Lunatic asylums in Bengal annual reports 1899-1911 - 1899-1911
Year: 1899
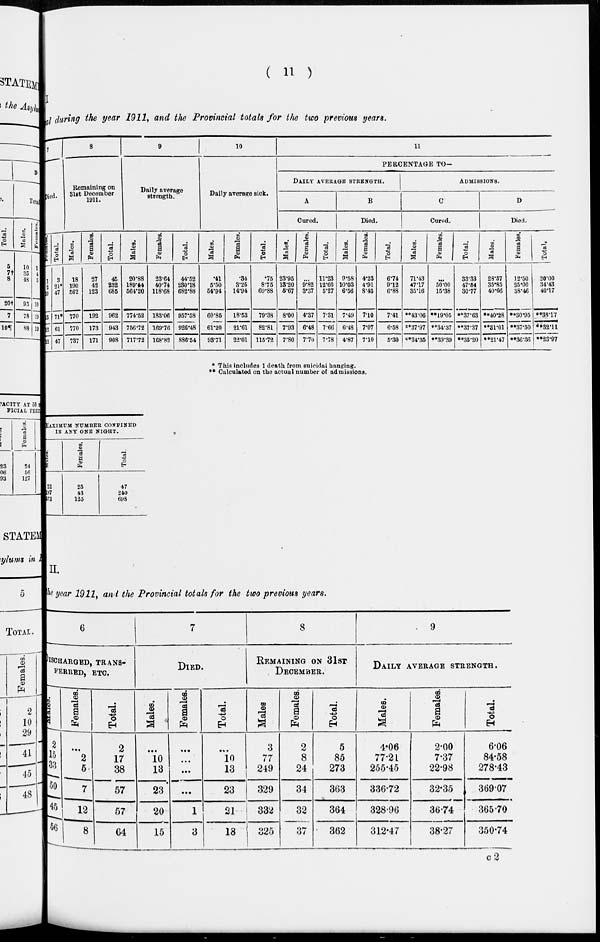
( 11 )
during the year 1911, and the Provincial totals for the two previous years.
7
Died.
Females.
1
2
3
3
2
2
Total.
3
21*
47
71*
61
47
8
Remaining on
31st December
1911.
Males.
18
190
562
770
770
737
Females.
27
42
123
192
173
171
Total.
45
232
685
962
943
908
9
Daily average
strength.
Males.
20.88
189.44
564.20
774.52
756.72
717.72
Females.
23.64
40.74
118.68
183.06
169.76
168.82
Total.
44.52
230.18
682.88
957.58
926.48
836.54
10
Daily average sick.
Males.
.41
5.50
54.94
60.85
61.20
93.71
Females.
.34
3.25
14.94
18.53
21.61
22.01
Total.
.75
8.75
69.88
79.38
82.81
115.72
11
PERCENTAGE TO—
DAILY AVERAGE STRENGTH.
A
Cured.
Males.
23.95
13.20
5.67
8.00
7.93
7.80
Females.
...
9.82
3.37
4.37
6.48
7.70
Total.
11.23
12.66
5.27
7.31
7.66
7.78
B
Died.
Males.
9.58
10.03
6.56
7.49
6.48
4.87
Females.
4.23
4.91
8.43
7.10
7.07
7.10
Total.
6.74
9.12
6.88
7.41
6.58
5.30
ADMISSIONS.
C
Cured.
Males.
71.43
47.17
35.16
**43.06
**37.97
**34.35
Females.
...
50.00
15.38
**19.05
**34.37
**39.39
Total.
33.33
47.54
30.77
**37.63
**37.37
**35.20
D
Died.
Males.
28.57
35.85
40.66
**40.28
**81.01
**21.47
Females.
12.50
25.00
38.46
**30.95
**37.50
**36.36
Total.
20.00
34.43
40.17
**38.17
**32.11
**23.97
* This includes 1 death from suicidal hanging.
** Calculated on the actual number of admissions.
MAXIMUM NUMBER CONFINED
IN ANY ONE NIGHT.
Males.
22
197
573
Females.
25
43
125
Total.
47
210
698
II.
the year 1911, and the Provincial totals for the two previous years.
6
DISCHARGED, TRANS-
FERRED, ETC.
Males.
2
15
33
50
45
56
Females.
...
2
5
7
12
8
Total.
2
17
38
57
57
64
7
DIED.
Males.
...
10
13
23
20
15
Females.
...
...
...
...
1
3
Total.
...
10
13
23
21
18
8
REMAINING ON 31ST
DECEMBER.
Males
3
77
249
329
332
325
Females.
2
8
24
34
32
37
Total.
5
85
273
363
364
362
9
DAILY AVERAGE STRENGTH.
Males.
4.06
77.21
255.45
336.72
328.96
312.47
Females.
2.00
7.37
22.98
32.35
36.74
38.27
Total.
6.06
84.58
278.43
369.07
365.70
350.74
C 2